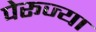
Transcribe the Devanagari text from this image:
पेरूज्या